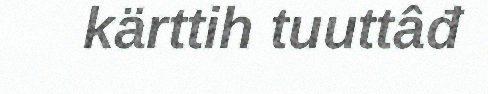
kärttih tuuttâđ